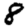
Digit: 8